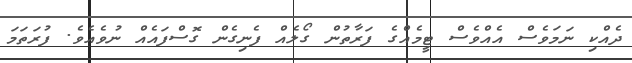
ދެއްކި ނަމަވެސް އެއްވެސް ޓީމެއްގެ ފަރާތުން ގޯލެއް ފެނިގެން ގޮސްފައެއް ނުވެއެވެ. ފުރަތަމަ